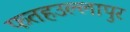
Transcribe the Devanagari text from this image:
फतहउल्लापुर